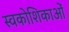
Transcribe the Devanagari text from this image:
स्वकोशिकाओं